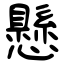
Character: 懸